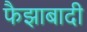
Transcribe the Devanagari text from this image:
फैझाबादी